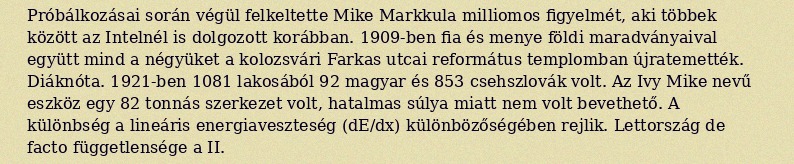
Próbálkozásai során végül felkeltette Mike Markkula milliomos figyelmét, aki többek között az Intelnél is dolgozott korábban. 1909-ben fia és menye földi maradványaival együtt mind a négyüket a kolozsvári Farkas utcai református templomban újratemették. Diáknóta. 1921-ben 1081 lakosából 92 magyar és 853 csehszlovák volt. Az Ivy Mike nevű eszköz egy 82 tonnás szerkezet volt, hatalmas súlya miatt nem volt bevethető. A különbség a lineáris energiaveszteség (dE/dx) különbözőségében rejlik. Lettország de facto függetlensége a II.